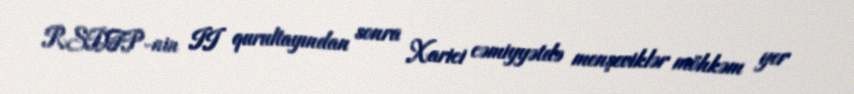
RSDFP-nin II qurultayından sonra Xarici cəmiyyətdə menşeviklər möhkəm yer